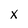
Character: x